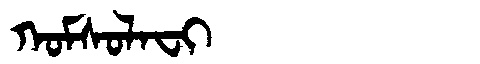
Manchu: ᡴᠣᠮᠰᠣᠯᠠᠸᡳ
Romanization: KOMSOLAFI